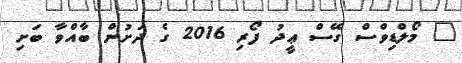
" މޯލްޑިވްސް ގޭސް ޢީދު ފޯރި 2016 ގެ ދަށުން ބާއްވާ ބަށި